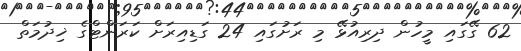
62 ގޭގައި މީހުން ދިރިއުޅޭ މި ރަށުގައި 24 ގަޑިއިރަށް ކަރަންޓްގެ ޚިދުމަތް